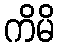
ကိမိ